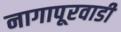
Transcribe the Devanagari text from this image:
नागापूरवाडी